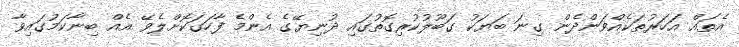
އެތައް އަހަރުތަކެއްވަންދެން ގިނަ ބަޔަކު ގަބޫލުކުރިގޮތުގައި ދުނިޔޭގެ އެންމެ ފާހަގަކޮށްލެވޭ އެއް ބިނާކަމުގައިވާ